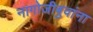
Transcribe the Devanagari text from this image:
नागोजीबुवांना